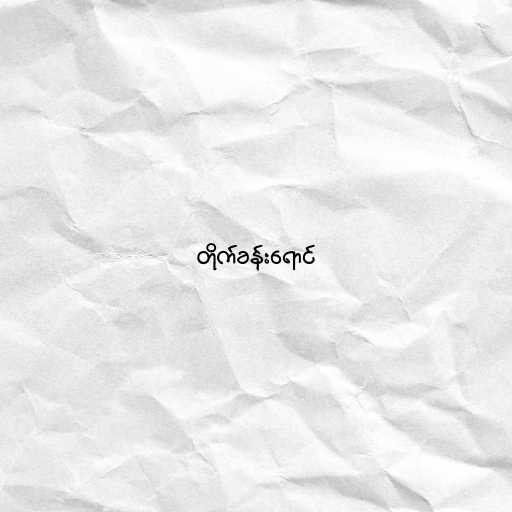
တိုက်ခန်းရောင်